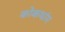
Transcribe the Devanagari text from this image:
कोकथांग